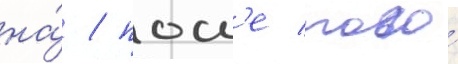
на́ / посл'е того́